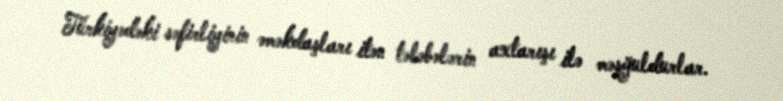
Türkiyədəki səfirliyinin əməkdaşları itən tələbələrin axtarışı ilə məşğuldurlar.